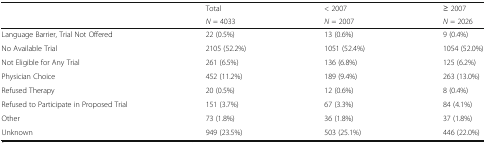
<table><thead><tr><td rowspan="2"></td><td><b>Total</b></td><td><b>&lt; 2007</b></td><td><b>≥ 2007</b></td></tr><tr><td><b><i>N</i> = 4033</b></td><td><b><i>N</i> = 2007</b></td><td><b><i>N</i> = 2026</b></td></tr></thead><tbody><tr><td>Language Barrier, Trial Not Offered</td><td>22 (0.5%)</td><td>13 (0.6%)</td><td>9 (0.4%)</td></tr><tr><td>No Available Trial</td><td>2105 (52.2%)</td><td>1051 (52.4%)</td><td>1054 (52.0%)</td></tr><tr><td>Not Eligible for Any Trial</td><td>261 (6.5%)</td><td>136 (6.8%)</td><td>125 (6.2%)</td></tr><tr><td>Physician Choice</td><td>452 (11.2%)</td><td>189 (9.4%)</td><td>263 (13.0%)</td></tr><tr><td>Refused Therapy</td><td>20 (0.5%)</td><td>12 (0.6%)</td><td>8 (0.4%)</td></tr><tr><td>Refused to Participate in Proposed Trial</td><td>151 (3.7%)</td><td>67 (3.3%)</td><td>84 (4.1%)</td></tr><tr><td>Other</td><td>73 (1.8%)</td><td>36 (1.8%)</td><td>37 (1.8%)</td></tr><tr><td>Unknown</td><td>949 (23.5%)</td><td>503 (25.1%)</td><td>446 (22.0%)</td></tr></tbody></table>